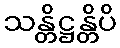
သန္တိဋ္ဌန္တိပိ